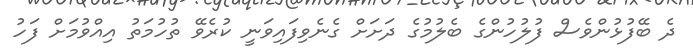
ދެ ބޭފުޅުންވެސް ފުލުހުންގެ ބެލުމުގެ ދަށަށް ގެނެވިފައިވަނީ ކުރެވޭ ތުހުމަތު އިއްވުމަށް ފަހު